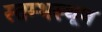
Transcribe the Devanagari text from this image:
स्तम्भस्थूण